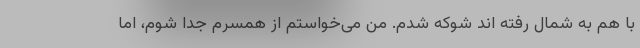
با هم به شمال رفته اند شوکه شدم. من می‌خواستم از همسرم جدا شوم، اما